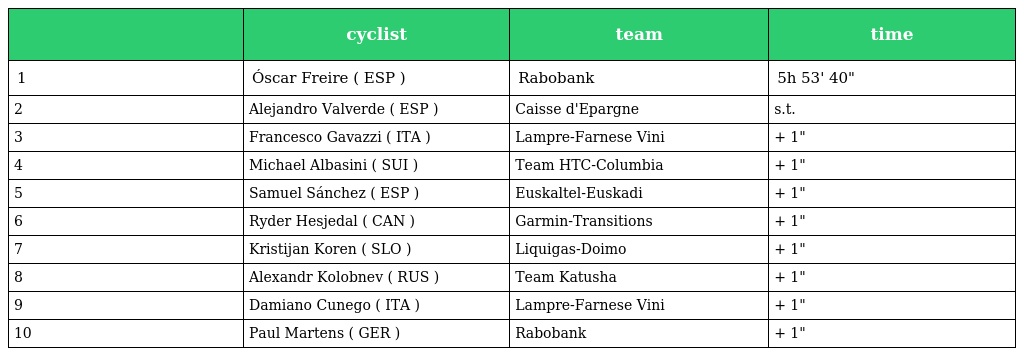
|  | cyclist | team | time |
 | --- | --- | --- | --- |
 | 1 | Óscar Freire ( ESP ) | Rabobank | 5h 53' 40" |
 | 2 | Alejandro Valverde ( ESP ) | Caisse d'Epargne | s.t. |
 | 3 | Francesco Gavazzi ( ITA ) | Lampre-Farnese Vini | + 1" |
 | 4 | Michael Albasini ( SUI ) | Team HTC-Columbia | + 1" |
 | 5 | Samuel Sánchez ( ESP ) | Euskaltel-Euskadi | + 1" |
 | 6 | Ryder Hesjedal ( CAN ) | Garmin-Transitions | + 1" |
 | 7 | Kristijan Koren ( SLO ) | Liquigas-Doimo | + 1" |
 | 8 | Alexandr Kolobnev ( RUS ) | Team Katusha | + 1" |
 | 9 | Damiano Cunego ( ITA ) | Lampre-Farnese Vini | + 1" |
 | 10 | Paul Martens ( GER ) | Rabobank | + 1" |